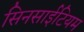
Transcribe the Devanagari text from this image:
सिनसाईटियम